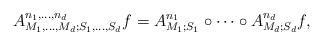
LaTeX: \begin{align*}A_{M_1,\ldots, M_d;S_1,\ldots,S_d}^{n_1,\ldots, n_d}f =A_{M_1;S_1}^{n_1} \circ \cdots \circ A_{M_d;S_d}^{n_d}f,\end{align*}